Reports on dispensaries and lunatic asylums in the Province of Oudh - 1869-1876
Year: 1869
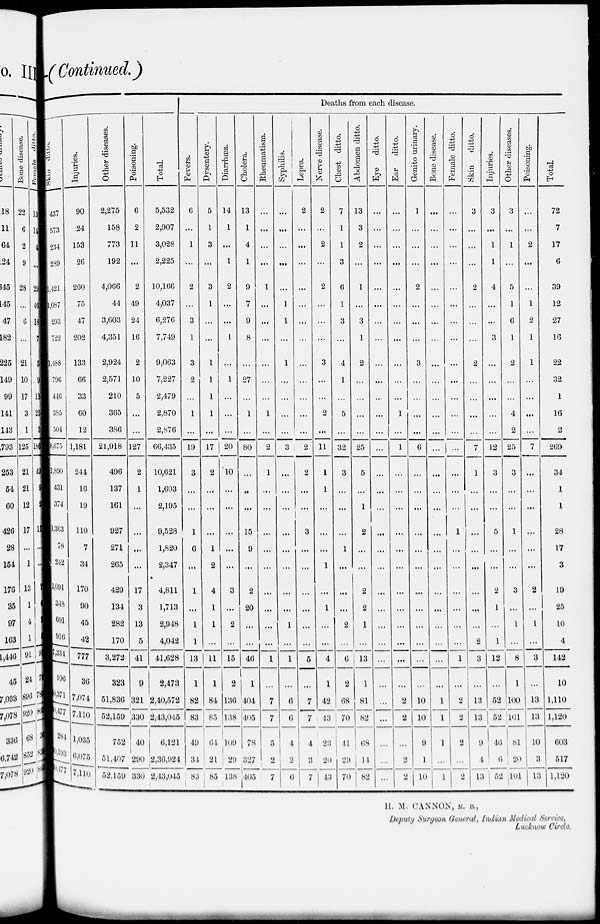
(Continued.)
Skin ditto.
437
573
234
289
1,421
1,087
293
722
1,488
796
446
385
504
8,675
1,890
431
374
1,363
78
242
1,091
348
601
916
7,334
106
30,371
40,477
284
20,193
20,477
Injuries.
90
24
153
26
260
75
47
202
133
66
33
60
12
1,181
244
16
19
110
7
34
170
90
45
42
777
36
7,074
7,110
1,035
6,075
7,110
Other diseases.
2,275
158
773
192
4,066
44
3,603
4,351
2,924
2,571
210
365
386
21,918
496
137
161
927
271
265
429
134
282
170
3,272
323
51,836
52,159
752
51,407
52,159
Poisoning.
6
2
11
...
2
49
24
16
2
10
5
...
...
127
2
1
...
...
...
...
17
3
13
5
41
9
321
330
40
290
330
Total.
5,532
2,907
3,028
2,225
10,166
4,037
6,276
7,749
9,063
7,227
2,479
2,870
2,876
66,435
10,621
1,603
2,195
9,528
1,820
2,347
4,811
1,713
2,948
4,042
41,628
2,473
2,40,572
2,43,045
6,121
2,36,924
2,43,043
Deaths from each disease.
Fevers.
6
...
1
...
2
...
3
1
3
2
...
1
...
19
3
...
...
1
6
...
1
...
1
1
13
1
82
83
49
34
83
Dysentery.
5
1
3
...
3
1
...
...
1
1
1
1
...
17
2
...
...
...
1
2
4
1
1
...
11
1
84
85
64
21
85
Diarrhœa.
14
1
...
1
2
...
...
1
...
1
...
...
...
20
10
...
...
...
...
...
3
...
2
...
15
2
136
138
109
29
138
Cholera.
13
1
4
1
9
7
9
8
...
27
...
1
...
80
...
...
...
15
9
...
2
20
...
...
46
1
404
405
78
327
405
Rheumatism.
...
...
...
...
1
...
...
...
...
...
...
1
...
2
1
...
...
...
...
...
...
...
...
...
1
...
7
7
5
2
7
Syphilis.
...
...
...
...
...
1
1
...
1
...
...
...
...
3
...
...
...
...
...
...
...
...
1
...
1
...
6
6
4
2
6
Lepra.
2
...
...
...
...
...
...
...
...
...
...
...
...
2
2
...
...
3
...
...
...
...
...
...
5
...
7
7
4
3
7
Nerve disease.
2
...
2
...
2
...
...
...
3
...
...
2
...
11
1
1
...
...
...
1
...
1
...
...
4
1
42
43
23
20
43
Chest ditto.
7
1
1
3
6
1
3
...
4
1
...
5
...
32
3
...
...
...
1
...
...
...
2
...
6
2
68
70
41
29
70
Abdomen ditto.
13
3
2
...
1
...
3
1
2
...
...
...
...
25
5
...
1
2
...
...
2
2
1
...
13
1
81
82
68
11
82
Eye ditto.
...
...
...
...
...
...
...
...
...
...
...
...
...
...
...
...
...
...
...
...
...
...
...
...
...
...
...
...
...
...
...
Ear
ditto.
...
...
...
...
...
...
...
...
...
...
1
...
1
...
...
...
...
...
...
...
...
...
...
...
...
2
2
...
...
2
Genito urinary.
1
...
...
...
2
...
...
...
3
...
...
...
...
6
...
...
...
...
...
...
...
...
...
...
...
...
10
10
9
1
10
Bone disease.
...
...
...
...
...
...
...
...
...
...
...
...
...
...
...
...
...
...
...
...
...
...
...
...
...
...
1
1
...
...
1
Female ditto.
...
...
...
...
...
...
...
...
...
...
...
...
...
...
...
...
...
1
...
...
...
...
...
...
1
...
2
2
2
...
2
Skin
ditto.
3
...
...
...
2
...
...
...
2
...
...
...
...
7
1
...
...
...
...
...
...
...
...
2
3
...
13
13
9
4
13
Injuries.
3
...
1
1
4
...
...
3
...
...
...
...
...
12
3
...
...
5
...
...
2
1
...
1
12
...
52
52
46
6
52
Other diseases.
3
...
1
...
5
1
6
1
2
...
...
4
2
25
3
...
...
1
...
...
3
...
1
...
8
1
100
101
81
20
101
Poisoning.
...
...
2
...
...
1
2
1
1
...
...
...
...
7
...
...
...
...
...
...
2
...
1
...
3
...
13
13
10
3
13
Total.
72
7
17
6
39
12
27
16
22
32
1
16
2
269
34
1
1
28
17
3
19
25
10
4
142
10
1,110
1,120
603
517
1,120
H. M. CANNON, M. B.,
Deputy Surgeon General, Indian Medical Service,
Lucknow Circle.